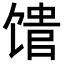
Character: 𬳈